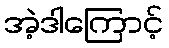
အဲ့ဒါကြောင့်